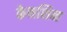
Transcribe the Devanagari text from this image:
केनशिन